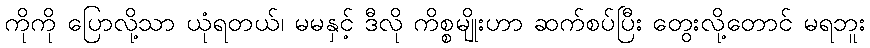
ကိုကို ပြောလို့သာ ယုံရတယ်၊ မမနှင့် ဒီလို ကိစ္စမျိုးဟာ ဆက်စပ်ပြီး တွေးလို့တောင် မရဘူး